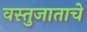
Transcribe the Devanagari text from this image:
वस्तुजाताचे